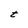
Character: t